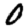
Digit: 0